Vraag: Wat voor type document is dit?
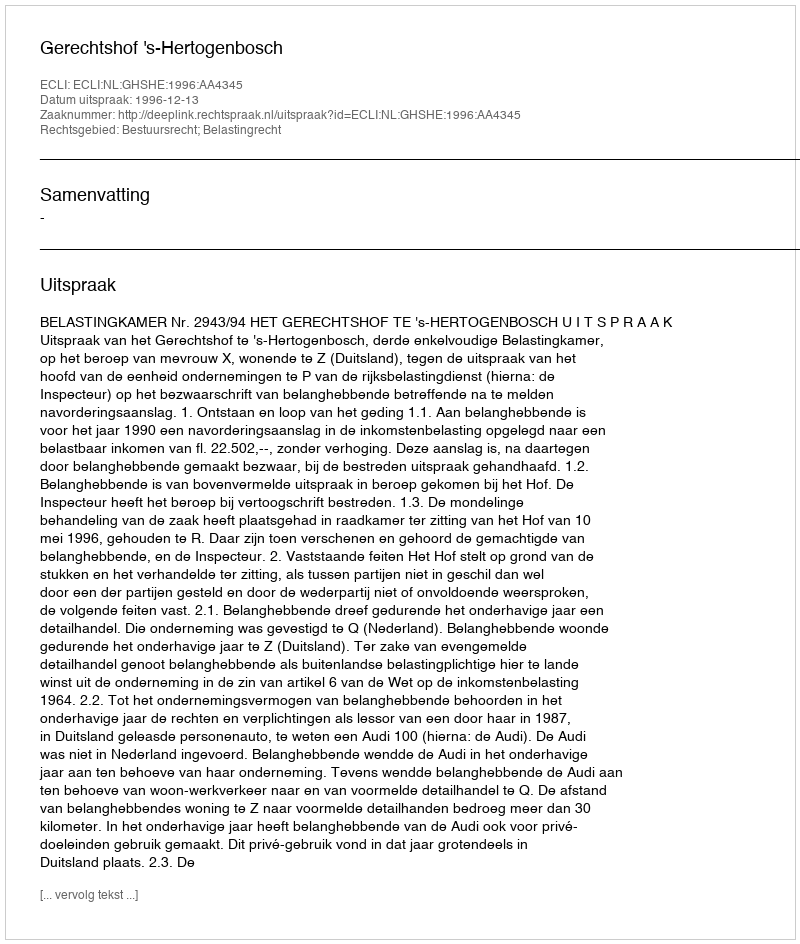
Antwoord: Uitspraak